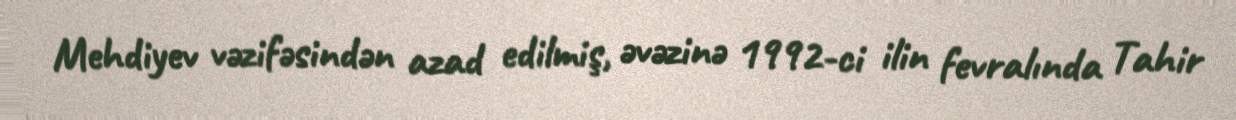
Mehdiyev vəzifəsindən azad edilmiş, əvəzinə 1992-ci ilin fevralında Tahir